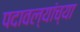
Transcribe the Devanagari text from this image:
पदावल्यांच्या